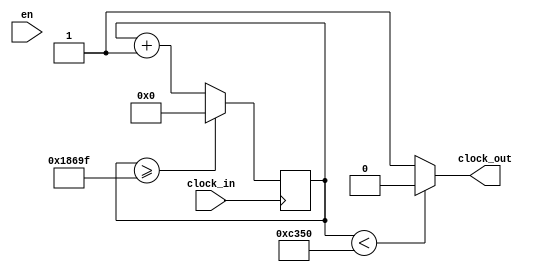
// This code was retrieved from https://www.fpga4student.com/2017/08/verilog-code-for-clock-divider-on-fpga.html
// fpga4student.com: FPGA projects, VHDL projects, Verilog projects
// Verilog project: Verilog code for clock divider on FPGA
// Top level Verilog code for clock divider on FPGA
module clockDivider(clock_in,clock_out,en
    );
input en;
input clock_in; // input clock on FPGA
output clock_out; // output clock after dividing the input clock by divisor
reg[27:0] counter=28'd0;
parameter DIVISOR = 28'd100000;
// The frequency of the output clk_out
//  = The frequency of the input clk_in divided by DIVISOR
// For example: Fclk_in = 50Mhz, if you want to get 1Hz signal to blink LEDs
// You will modify the DIVISOR parameter value to 28'd50.000.000
// Then the frequency of the output clk_out = 50Mhz/50.000.000 = 1Hz
always @(posedge clock_in)
begin
 counter <= counter + 28'd1;
 if(counter>=(DIVISOR-1))
  counter <= 28'd0;
end
assign clock_out = (counter<DIVISOR/2)?1'b0:1'b1;
endmodule